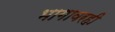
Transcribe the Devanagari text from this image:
भागावरही